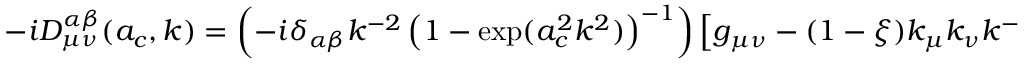
- i D _ { \mu \nu } ^ { \alpha \beta } ( a _ { c } , k ) = \left( - i \delta _ { \alpha \beta } k ^ { - 2 } \left( 1 - \exp ( a _ { c } ^ { 2 } k ^ { 2 } ) \right) ^ { - 1 } \right) \left[ g _ { \mu \nu } - ( 1 - \xi ) k _ { \mu } k _ { \nu } k ^ { - 2 } \right] ,